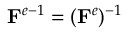
{ \bf F } ^ { e - 1 } = ( { \bf F } ^ { e } ) { } ^ { - 1 }